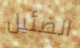
الضئيل